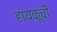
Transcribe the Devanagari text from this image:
हायकूंची